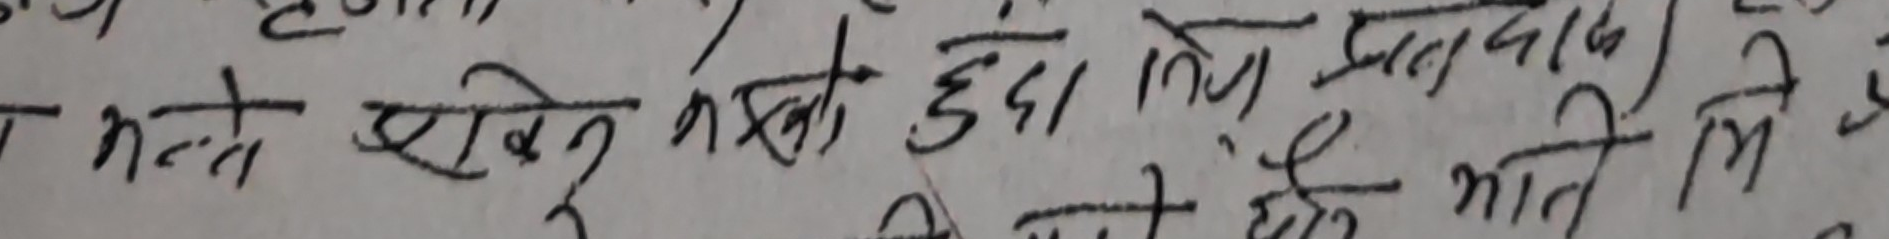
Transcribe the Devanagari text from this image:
भन्ते देखिन सबै भएको हुँदा थियो प्रत्येक माथि मिले छन्